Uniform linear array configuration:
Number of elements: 16
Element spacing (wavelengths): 0.25
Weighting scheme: binomial
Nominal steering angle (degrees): -60
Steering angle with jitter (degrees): -61.552
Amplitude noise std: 0.05
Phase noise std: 0.05

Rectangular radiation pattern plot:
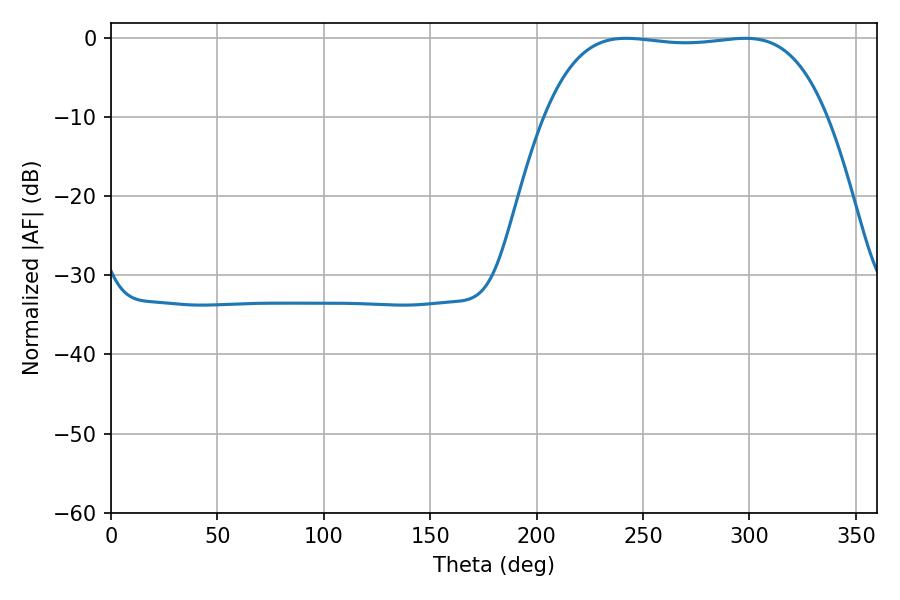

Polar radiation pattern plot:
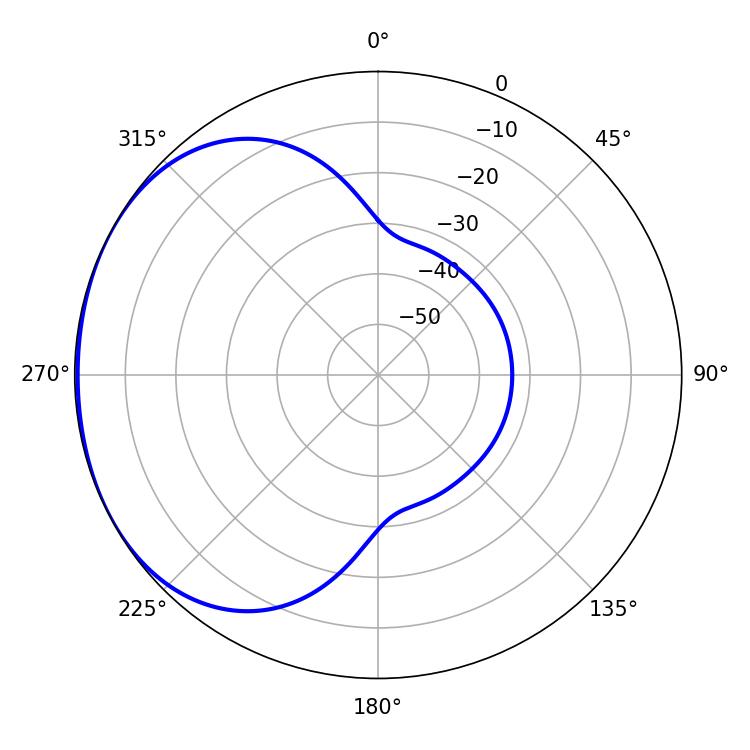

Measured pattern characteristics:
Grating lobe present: FALSE
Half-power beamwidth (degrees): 104.04
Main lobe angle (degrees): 241.92